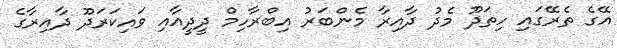
އޭގެ ތެރޭގައި ހިތަދޫ މެދު ދާއިރާ މެންބަރު އިބްރާހިމް ދީދީއާއި ވައިކަރަދޫ ދާއިރާގެ